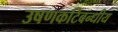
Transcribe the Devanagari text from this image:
उषणकटिबन्धीय